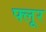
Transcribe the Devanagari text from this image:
फ्लूर